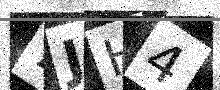
Text: 7JH4